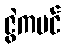
ဇွဲကပင်